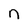
Character: n